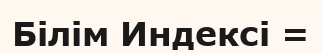
Білім Индексі =